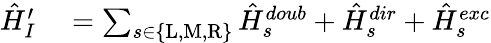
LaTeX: \begin{array}{rl}{\hat{H}_{I}^{\prime}}&{{}=\sum_{s\in\{ \mathrm{L},\mathrm{M},\mathrm{R}\} }\hat{H}_{s}^{doub}+\hat{H}_{s}^{dir}+\hat{H}_{s}^{exc}}\end{array}